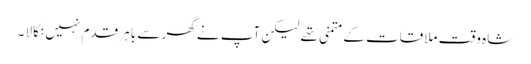
شاہ وقت ملاقات کے متمنی تھے لیکن آپ نے گھر سے باہر قدم نہیں نکالا ۔